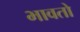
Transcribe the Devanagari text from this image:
भावतो